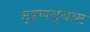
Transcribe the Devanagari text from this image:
म्हणल्यास